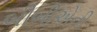
બીબીએની